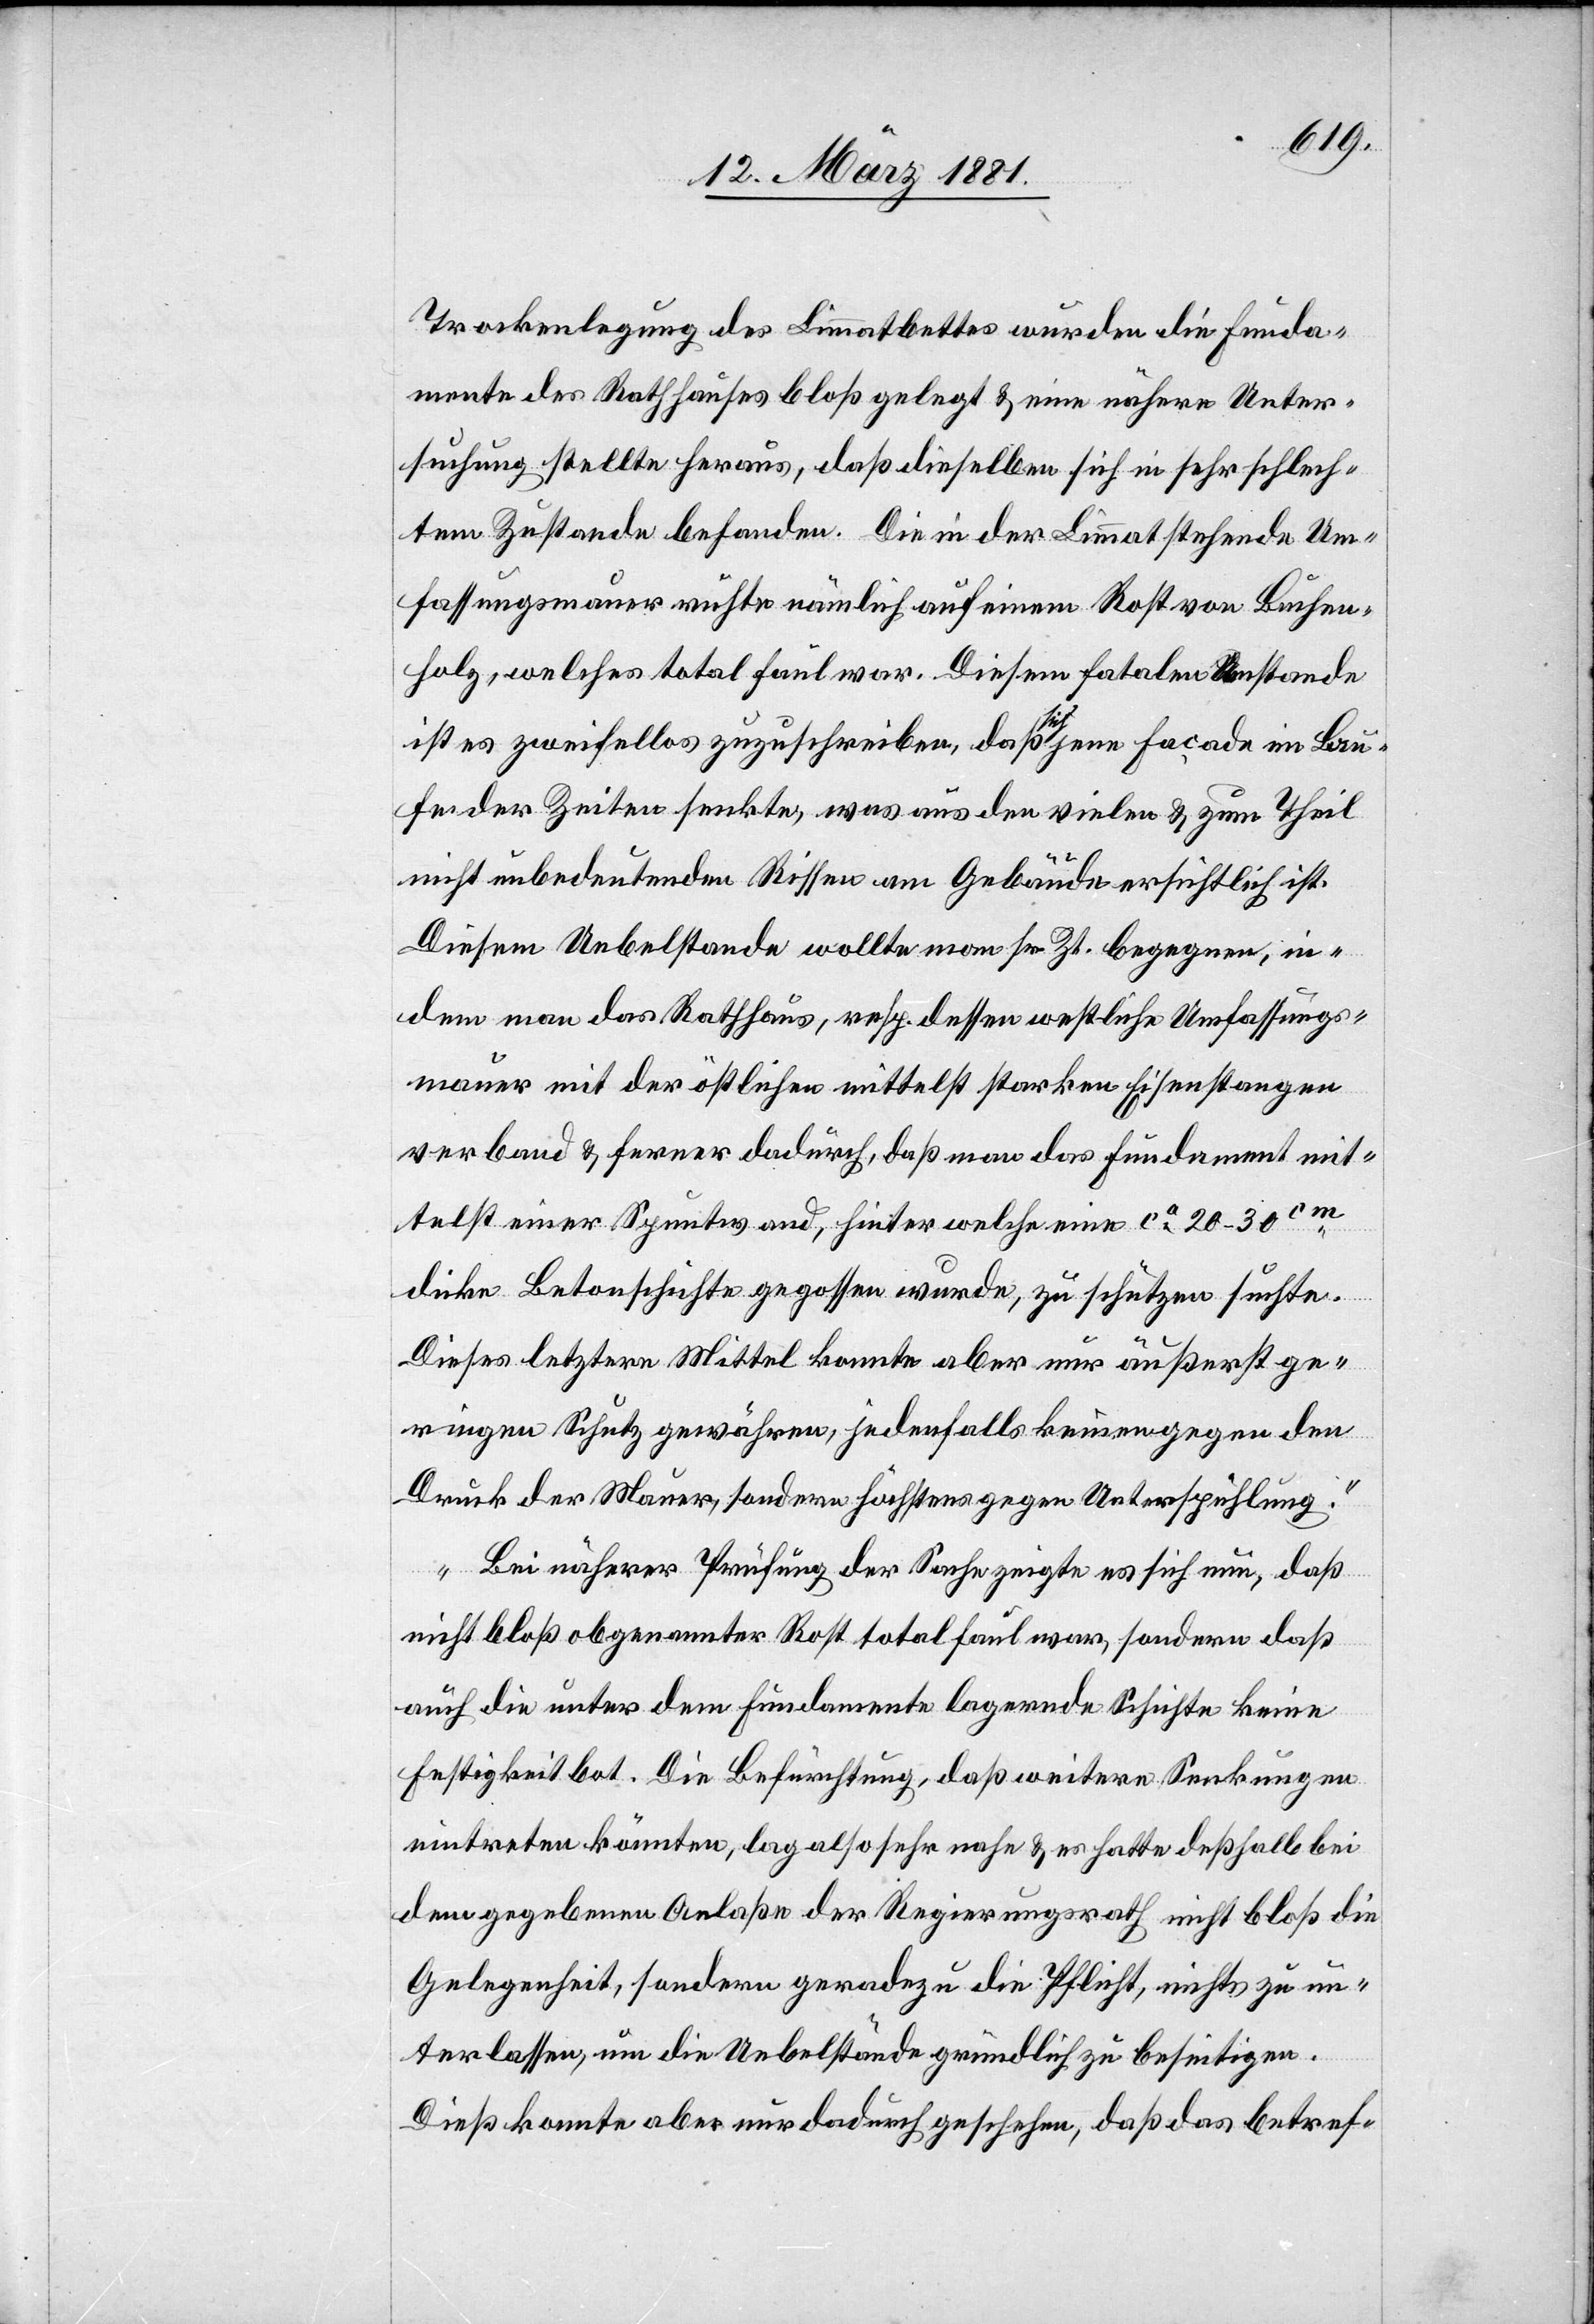
Trockenlegung des Limmatbettes wurden die Funda¬
mente des Rathhauses bloß gelegt & eine nähere Unter¬
suchung stellte heraus, daß dieselben sich in sehr schlech¬
tem Zustande befanden. Die in der Limmat stehende Um¬
fassungsmauer ruhte nämlich auf einem Rost von Buchen¬
holz, welches total faul war. Diesem fatalen Umstande
ist es zweifellos zuzuschreiben, daß sich jene Façade im Lau¬
fe der Zeiten senkte, was aus den vielen & zum Theil
nicht unbedeutenden Rissen am Gebäude ersichtlich ist.
Diesem Uebelstande wollte man sr. Zt. begegnen, in¬
dem man das Rathhaus, resp. dessen westliche Umfassungs¬
mauer mit der östlichen mittelst starken Eisenstangen
verband & ferner dadurch, daß man das Fundament mit¬
telst einer Spuntwand, hinter welche eine ca 20–30cm
dicke Betonschichte gegossen wurde, zu schützen suchte.
Dieses letztere Mittel konnte aber nur äußerst ge¬
ringen Schutz gewähren, jedenfalls keinen gegen den
Druck der Mauer, sondern höchstens gegen Unterspühlung.“
„Bei näherer Prüfung der Sache zeigte es sich nun, daß
nicht bloß obgenannter Rost total faul war, sondern daß
auch die unter dem Fundamente lagernde Schichte keine
Festigkeit bot. Die Befürchtung, daß weitere Senkungen
eintreten könnten, lag also sehr nahe & es hatte deßhalb bei
dem gegebenen Anlaße der Regierungsrath nicht bloß die
Gelegenheit, sondern geradezu die Pflicht, nichts zu un¬
terlassen, um die Uebelstände gründlich zu beseitigen.
Dieß konnte aber nur dadurch geschehen, daß das betref-